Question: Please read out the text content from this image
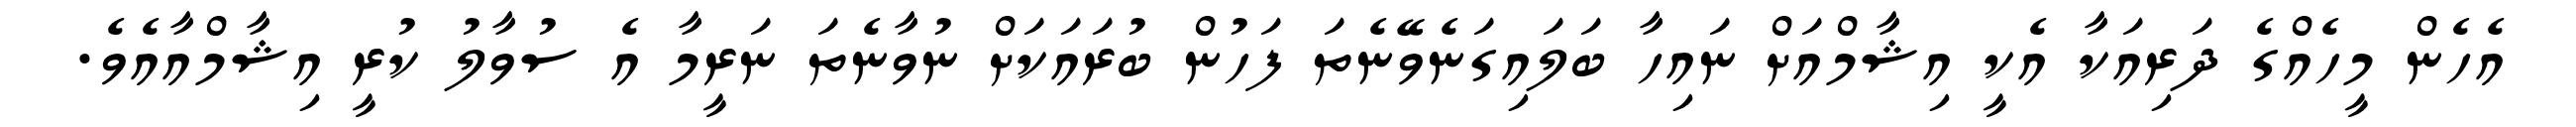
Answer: އެހެން މީހެއްގެ ދަރިއަކާ އެކީ އިޝާމްއަށް ނައިހާ ބަލައިގަނެވޭނެތަ ފަހުން ބުރައަކަށް ނުވާނެތަ ނަރީމާ އެ ސުވާލު ކުރީ އިޝާމްއާއެވެ.